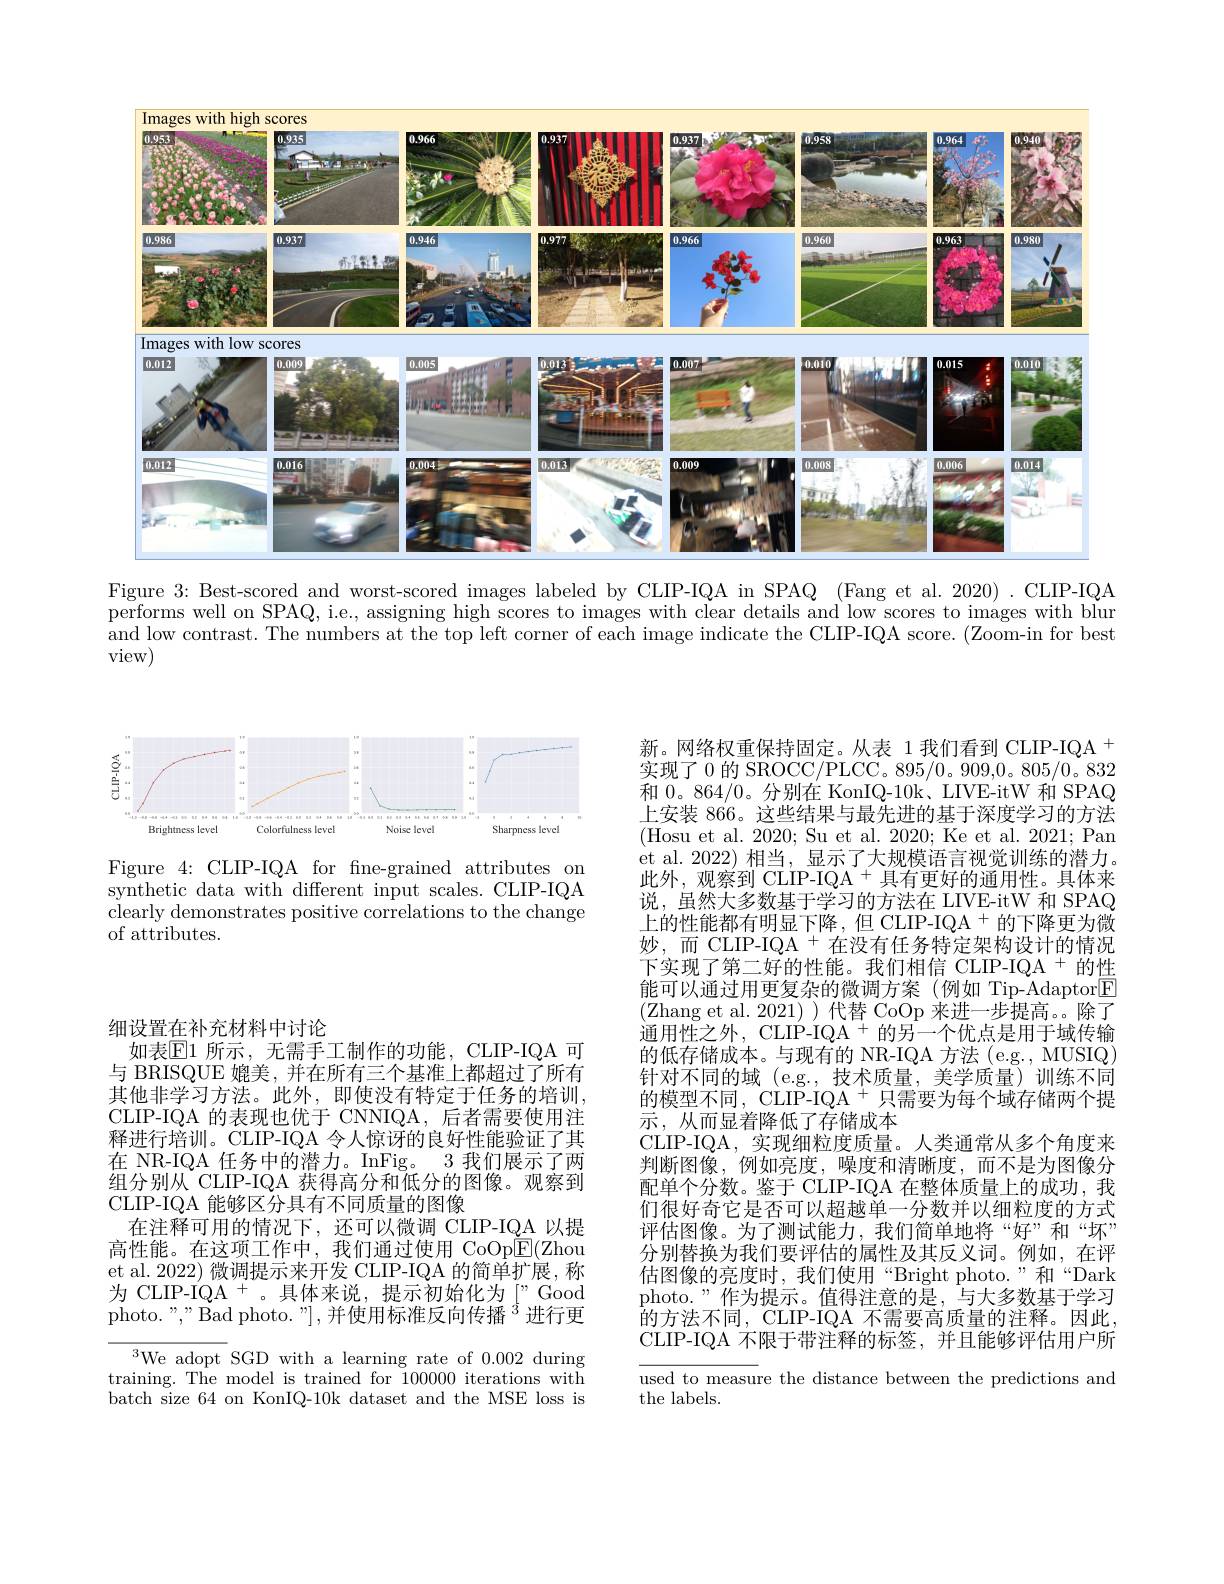
<FigureHere>

Figure 3: Best-scored and worst-scored images labeled by CLIP-IQA in SPAQ (Fang et al. 2020) .CLIP-IQA performs well on SPAQ, i.e., assigning high scores to images with clear details and low scores to images with blur and low contrast. The numbers at the top left corner of each image indicate the CLIP-IQA score. (Zoom-in for best view)

<FigureHere>

Figure 4: CLIP-IQA for fne-grained attributes on synthetic data with different input scales. CLIP-IQA clearly demonstrates positive correlations to the change of attributes.

细设置在补充材料中讨论
如表$\mathbb{E}1$ 所示，无需手工制作的功能，CLIP-IQA 可与 BRISQUE 媲美，并在所有三个基准上都超过了所有其他非学习方法。此外，即使没有特定于任务的培训， CLIP-IQA 的表现也优于 CNNIQA, 后者需要使用注释进行培训。CLIP-IQA 令人惊讶的良好性能验证了其在 NR-IQA 任务中的潜力。InFig。3 我们展示了两组分别从 CLIP-IQA 获得高分和低分的图像。观察到CLIP-IQA 能够区分具有不同质量的图像
在注释可用的情况下，还可以微调 CLIP-IQA 以提高性能。在这项工作中，我们通过使用 CoOp$\widetilde{\mathrm{E}}($Zhou et al. 2022) 微调提示来开发 CLIP-IQA 的简单扩展，称为 CLIP-IQA +。具体来说，提示初始化为["Good photo."," Bad photo."],并使用标准反向传播$^{3}$进行更

${}^{3}$We adopt SGD with a learning rate of 0.002 during training. The model is trained for $\bar{1}00000$ iterations with batch size 64 on KonIQ-10k dataset and the MSE loss is

新。网络权重保持固定。从表 1 我们看到 CLIP-IQA + 实现了0 的 SROCC/PLCC。895/0。909,0。805/0。832和 0。864/0。分别在 KonIQ-10k、LIVE-itW 和 SPAQ 上安装 866。这些结果与最先进的基于深度学习的方法(Hosu et al. 2020; Su et al. 2020; Ke et al. 2021; Pan et al. 2022) 相当，显示了大规模语言视觉训练的潜力。此外，观察到 CLIP-IQA $^{+}$具有更好的通用性。具体来说，虽然大多数基于学习的方法在 LIVE-itW 和 SPAQ 上的性能都有明显下降，但 CLIP-IQA + 的下降更为微妙，而 CLIP-IQA + 在没有任务特定架构设计的情况下实现了第二好的性能。我们相信 CLIP-IQA + 的性能可以通过用更复杂的微调方案(例如 Tip-Adaptor$\boxed{\mathrm{F}}$ (Zhang et al.2021))代替 CoOp 来进一步提高。除了通用性之外，CLIP-IQA $^{+}$的另一个优点是用于域传输的低存储成本。与现有的 NR-IQA 方法 (e.g., MUSIQ) 针对不同的域(e.g.,技术质量，美学质量)训练不同的模型不同，CLIP-IQA $^{+}$只需要为每个域存储两个提示，从而显着降低了存储成本
CLIP-IQA,实现细粒度质量。人类通常从多个角度来判断图像，例如亮度，噪度和清晰度，而不是为图像分配单个分数。鉴于 CLIP-IQA 在整体质量上的成功，我们很好奇它是否可以超越单一分数并以细粒度的方式评估图像。为了测试能力，我们简单地将“好”和“坏” 分别替换为我们要评估的属性及其反义词。例如，在评估图像的亮度时，我们使用“Bright photo.”和“Dark photo.”作为提示。值得注意的是，与大多数基于学习$\dot{\text{的方法不同，CLIP-IQA 不需要高质量的注释。因此}}$, CLIP-IQA 不限于带注释的标签，并且能够评估用户所used to measure the distance between the predictions and

the labels.